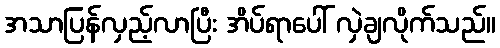
အသာပြန်လှည့်လာပြီး အိပ်ရာပေါ် လှဲချလိုက်သည်။